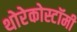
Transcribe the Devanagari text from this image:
थोरेकोस्टॉमी